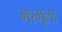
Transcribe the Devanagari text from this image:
मश्मूला